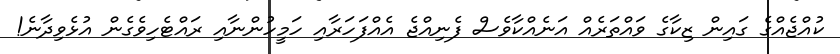
ކުއްޖެއްގެ ގައިން ޒިކާގެ ވައްތަރެއް އަނެއްކާވެސް ފެނިއްޖެ އެއްފަހަރާއި ހަމީހުންނާއި ރައްޓެހިވެގެން އުޅެވިދާނެ!